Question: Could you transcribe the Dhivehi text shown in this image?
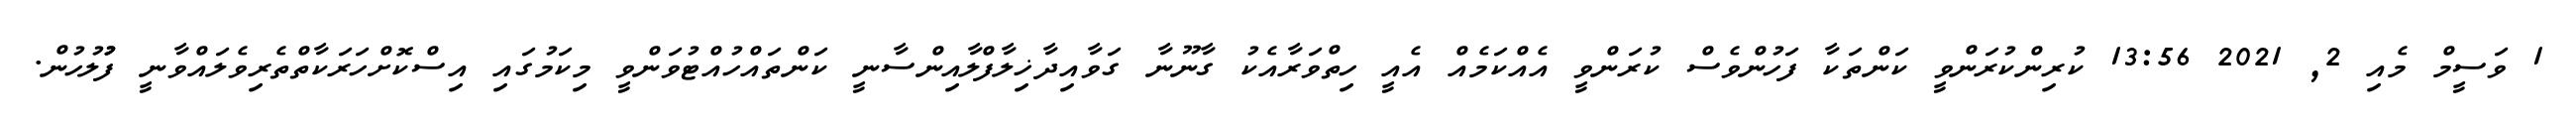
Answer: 1 ވަސީމް މެއި 2, 2021 13:56 ކުރިންކުރަންވީ ކަންތަކާ ފަހުންވެސް ކުރަންވީ އެއްކަމެއް އެއީ ހިތްވަރާއެކު ގާނޫނާ ގަވާއިދާޚިލާފްލާއިންސާނީ ކަންތައްހުއްޓުވަންވީ މިކަމުގައި އިސްކޮށްހަރަކާތްތެރިވެލައްވާނީ ފުުލުހުން.